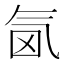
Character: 𣱜